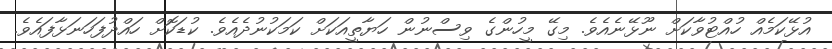
އުޅޭކަމެއް ހުއްޓުވާކަށް ނޫޅޭނެއެވެ. މިގޭ މީހުންގެ ވިސްނުން ހަޔާތީއަކަށް ކަމަކުނުދެއެވެ. ކުޑަކޮށް ހައްދުފަހަނަޅާފައެވެ.